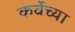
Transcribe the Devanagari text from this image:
कर्वेच्या